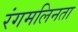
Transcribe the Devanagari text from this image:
रंगमलिनता